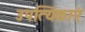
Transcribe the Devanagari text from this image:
उपत्यिकाएं